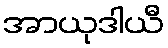
အာယုဒါယီ